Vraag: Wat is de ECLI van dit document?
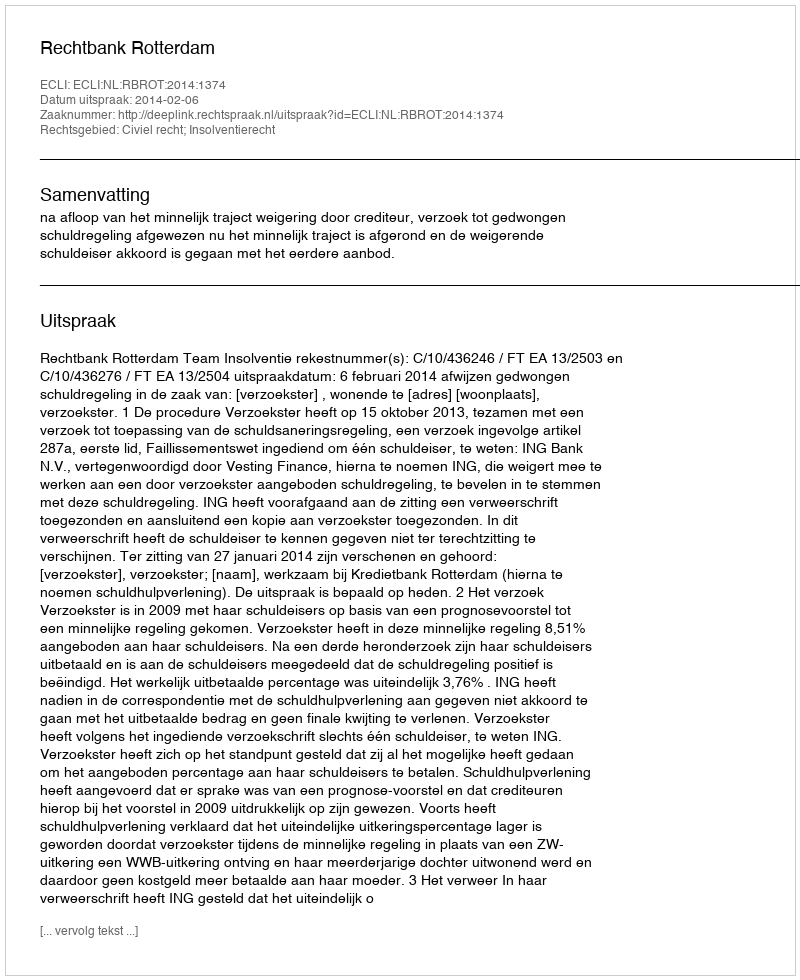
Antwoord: ECLI:NL:RBROT:2014:1374